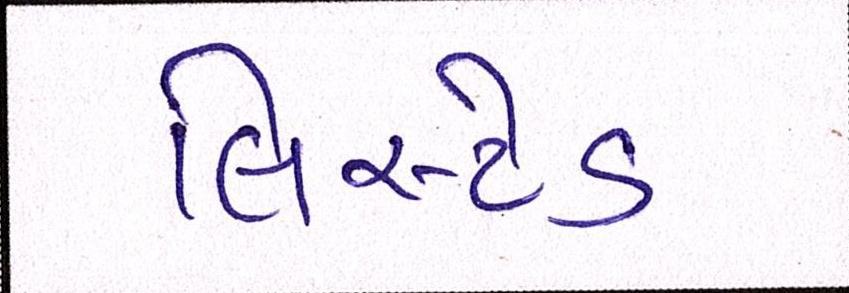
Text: લિસ્ટેડ